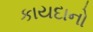
કાયદાનો